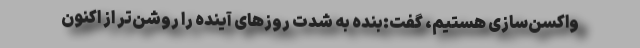
واکسن‌سازی هستیم، گفت:بنده به شدت روزهای آینده را روشن‌تر از اکنون